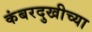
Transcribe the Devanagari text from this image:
कंबरदुखीच्या